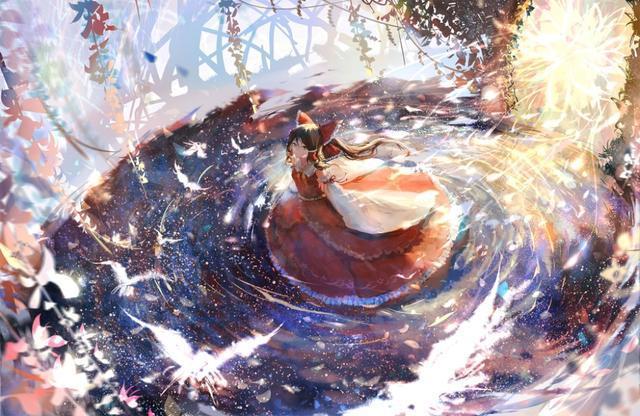
映阶碧草自春色，隔叶黄鹂空好音。